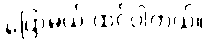
ပြောမယ် ထင်ပါတယ်။